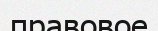
правовое